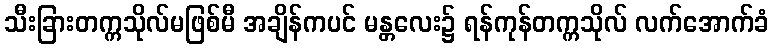
သီးခြားတက္ကသိုလ်မဖြစ်မီ အချိန်ကပင် မန္တလေး၌ ရန်ကုန်တက္ကသိုလ် လက်အောက်ခံ